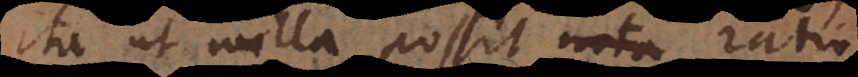
ita ut nulla possit nota ratio